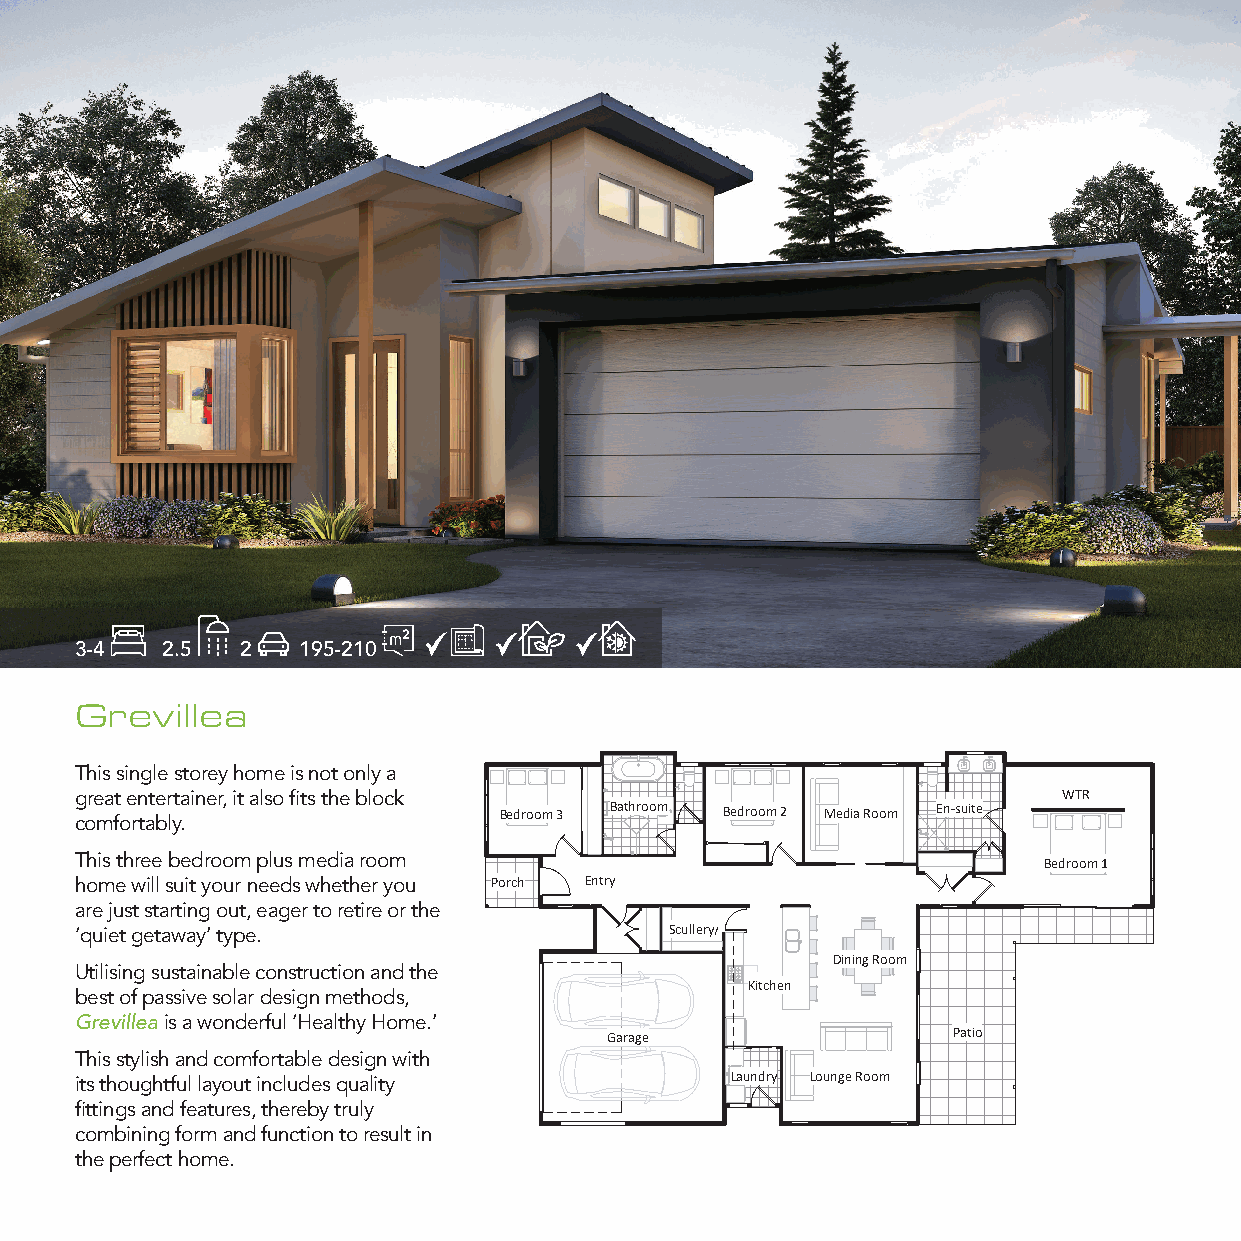
3-4   2.5  2   195-210
 Grevillea
 This single storey home is not only a
 great entertainer, it also fits the block                        WTR
 comfortably.                Bedroom 3 Bathroom Bedroom 2 Media Room En-suite
 This three bedroom plus media room                              Bedroom 1
 home will suit your needs whether you Porch Entry
 are just starting out, eager to retire or the
 ‘quiet getaway’ type.                  SSccuulllelerryy
 Dining Room
 Utilising sustainable construction and the
 Kitchen
 best of passive solar design methods,
 Grevillea is a wonderful ‘Healthy Home.’
 Garage                 Patio
 This stylish and comfortable design with
 its thoughtful layout includes quality     Laundry Lounge Room
 fittings and features, thereby truly
 combining form and function to result in
 the perfect home.
 Rustic Touch Pty Ltd
 Glenning Valley NSW
 w2 w2 w61 .r u0 s2 t4 ic3 t o8 u9 c1 h 5 .c5 o1 m THIS DRAWING AND TH RE E I PN RF OO DR UM CA ET DIO INN AC NO YN WTA AIN Y E WD I TH HE ORE UIN T TIS H S EU EB XJ PE RC ET S T S O W C RO ITP TY ER NIG PH ET R MAN ISD S IM ONAY O N FO RT U B STE I CC O TP O© I UEC D CO , H UP PY S TER YDI G L O TH DRT
 MA
 91:62:11
 6102/90/82